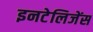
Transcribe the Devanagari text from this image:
इनटेलिजेंस